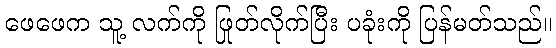
ဖေဖေက သူ့ လက်ကို ဖြုတ်လိုက်ပြီး ပခုံးကို ပြန်မတ်သည်။